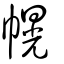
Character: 幌